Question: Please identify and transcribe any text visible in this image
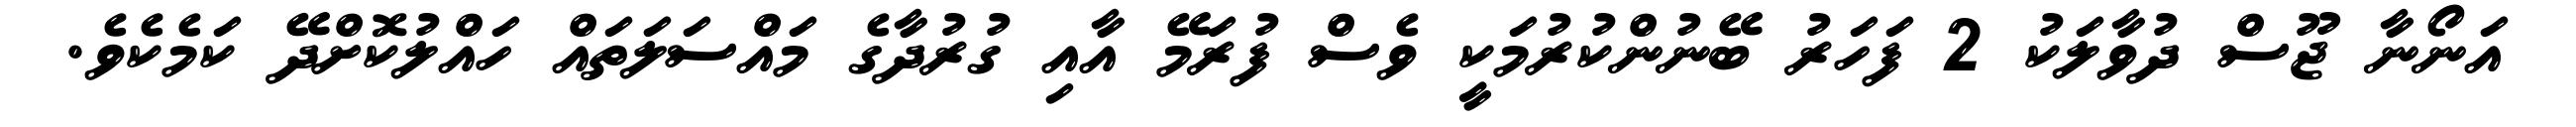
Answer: އަނޯނާ ޖޫސް ދުވާލަކު 2 ފަހަރު ބޭނުންކުރުމަކީ ވެސް ފުރަމޭ އާއި ގުރުދާގެ މައްސަލަތައް ހައްލުކޮށްދޭ ކަމެކެވެ.